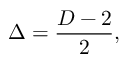
\Delta = { \frac { D - 2 } { 2 } } ,